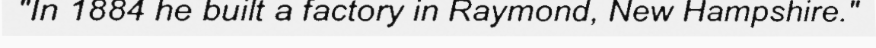
"In 1884 he built a factory in Raymond, New Hampshire."